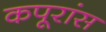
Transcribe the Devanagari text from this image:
कपूरांस